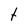
Character: t